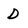
Character: D